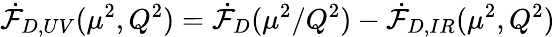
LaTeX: \dot{{\cal F}}_{D,UV}(\mu^{2},Q^{2})=\dot{{\cal F}}_{D}(\mu^{2}/Q^{2})-\dot{{\cal F}}_{D,IR}(\mu^{2},Q^{2})